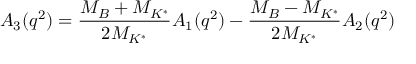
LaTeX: A _ { 3 } ( q ^ { 2 } ) = { \frac { M _ { B } + M _ { K ^ { * } } } { 2 M _ { K ^ { * } } } } A _ { 1 } ( q ^ { 2 } ) - { \frac { M _ { B } - M _ { K ^ { * } } } { 2 M _ { K ^ { * } } } } A _ { 2 } ( q ^ { 2 } )